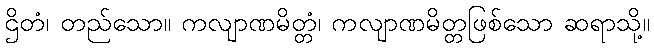
ဌိတံ၊ တည်သော။ ကလျာဏမိတ္တံ၊ ကလျာဏမိတ္တဖြစ်သော ဆရာသို့။